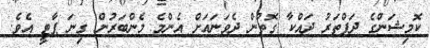
ކޮމިޝަންގެ ދަފްތަރު ދައްކާ ގޮތުން ދެވަނައަށް އެންމެ މެންބަރުން ގިނަ ޕާޓީ އެވެ.